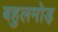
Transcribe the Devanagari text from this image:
बहुलमोड़